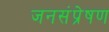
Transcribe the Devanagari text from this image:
जनसंप्रेषण